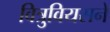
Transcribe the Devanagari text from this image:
वित्रुवियसने